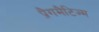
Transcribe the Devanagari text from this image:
प्रैगमैटिज्म